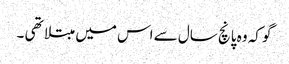
گو کہ وہ پانچ سال سے اس میں مبتلا تھی ۔